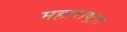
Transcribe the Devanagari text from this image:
महाराष्ट्रत